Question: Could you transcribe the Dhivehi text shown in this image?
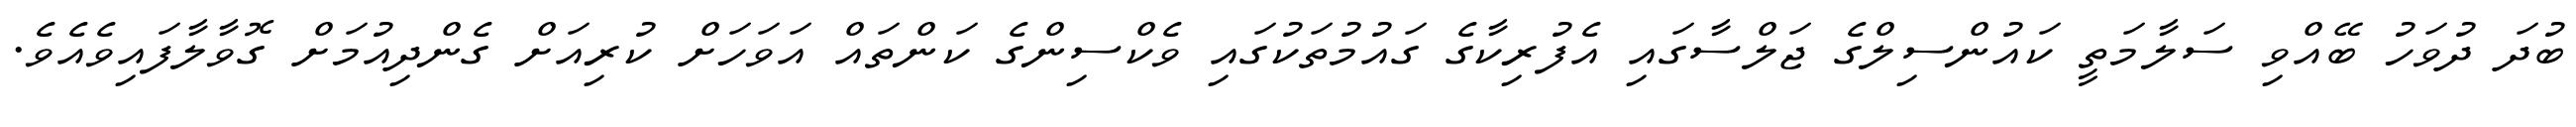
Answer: ބުދަ ދުވަހު ބޭއްވި ސަލާމަތީ ކައުންސިލްގެ ޖަލްސާގައި އެފުރިކާގެ ގައުމުތަކުގައި ވެކްސިންގެ ކަންތައް އަވަހަށް ކުރިއަށް ގެންދިއުމަށް ގޮވާލާފައިވެއެވެ.